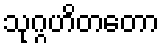
သုဂ္ဂဟိတတော